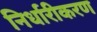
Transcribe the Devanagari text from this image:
निर्धारीकरण